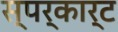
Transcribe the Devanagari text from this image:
स्पर्कार्ट